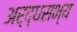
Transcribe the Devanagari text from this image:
अर्द्धसभ्य